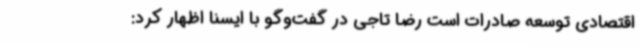
اقتصادی توسعه صادرات است رضا تاجی در گفت‌وگو با ایسنا اظهار کرد: